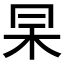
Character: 𠕖